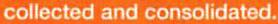
collected and consolidated.